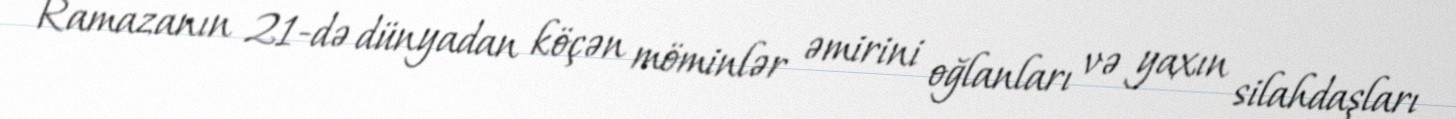
Ramazanın 21-də dünyadan köçən möminlər əmirini oğlanları və yaxın silahdaşları